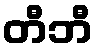
တီဘီ